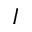
I